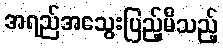
အရည်အသွေးပြည့်မီသည့်